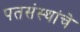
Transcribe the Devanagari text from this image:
पतसंस्थांचे